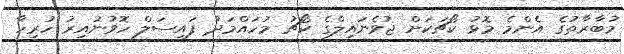
މުބާރާތުގެ އެންމެ މޮޅު ކޯޗަކަށް ޖުވެނައިލްގެ ކޯޗު މުހައްމަދު ފައިސަލް ހޮވުނުއިރު ހުރިހާ